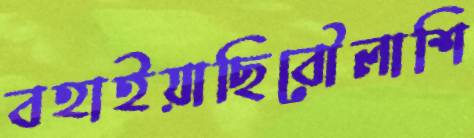
বহাইয়াছিবৌলাশি